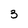
Character: 3